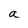
Character: a